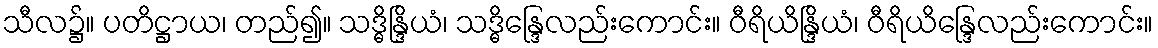
သီလ၌။ ပတိဋ္ဌာယ၊ တည်၍။ သဒ္ဓိန္ဒြိယံ၊ သဒ္ဓိန္ဒြေလည်းကောင်း။ ဝီရိယိန္ဒြိယံ၊ ဝီရိယိန္ဒြေလည်းကောင်း။